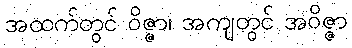
အထက်တွင် ဝိဇ္ဇာ၊ အကျတွင် အဝိဇ္ဇာ